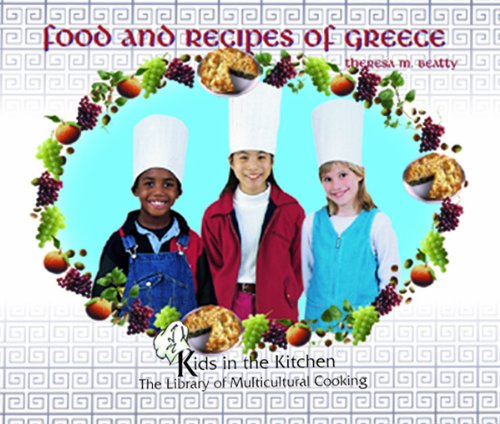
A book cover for Food and Recipes of Greece (Kids in the Kitchen); Theresa M. Beatty; Teen & Young Adult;